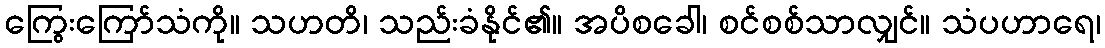
ကြွေးကြော်သံကို။ သဟတိ၊ သည်းခံနိုင်၏။ အပိစခေါ၊ စင်စစ်သာလျှင်။ သံပဟာရေ၊